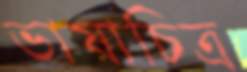
ভাষাচিত্র